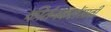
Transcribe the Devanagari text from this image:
कीर्तनकलेसाठी